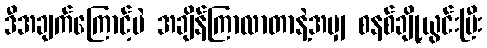
ဒီအချက်ကြောင့်ပဲ အချိန်ကြာလာတာနဲ့အမျှ စနစ်ချို့ယွင်းပြီး